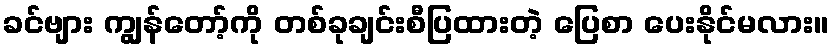
ခင်ဗျား ကျွန်တော့်ကို တစ်ခုချင်းစီပြထားတဲ့ ပြေစာ ပေးနိုင်မလား။